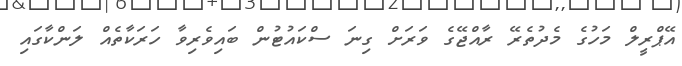
އޭޕްރީލް މަހުގެ މެދުތެރޭ ރާއްޖޭގެ ވަރަށް ގިނަ ސްކައުޓުން ބައިވެރިވާ ހަރަކާތެއް ލަންކާގައި